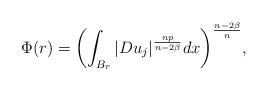
LaTeX: \begin{align*}\Phi (r) = \biggl( \displaystyle\int_{B_r} |Du_j|^{\frac{np}{n- 2 \beta }} dx \biggr)^{\frac{n- 2 \beta}{n}}, \end{align*}